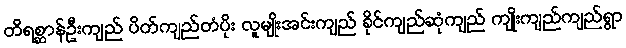
တိရစ္ဆာန်ဦးကျည် ပိတ်ကျည်တံပိုး လူမျိုးအင်းကျည် ခိုင်ကျည်ဆုံကျည် ကျိုးကျည်ကျည်ရွာ